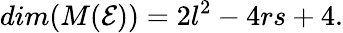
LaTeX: dim(M(\mathcal{E}))=2l^{2}-4rs+4.